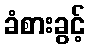
ခံစားခွင့်